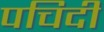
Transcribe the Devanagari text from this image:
पचिदी